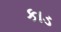
કાડ